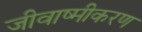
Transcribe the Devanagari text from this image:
जीवाष्मीकरण